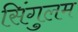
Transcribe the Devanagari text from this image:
सिंगुलम